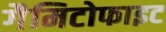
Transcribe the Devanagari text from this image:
गैमिटोफाइट